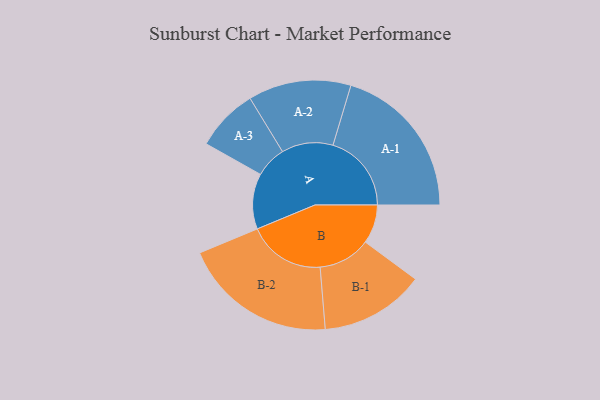
{"axis": {"x": "Segment", "y": "Value"}, "legend": ["", "A", "B"], "data": [{"x": "A", "y": 191, "type": ""}, {"x": "B", "y": 134, "type": ""}, {"x": "A-1", "y": 270, "type": "A"}, {"x": "A-2", "y": 177, "type": "A"}, {"x": "A-3", "y": 108, "type": "A"}, {"x": "B-1", "y": 180, "type": "B"}, {"x": "B-2", "y": 266, "type": "B"}]}